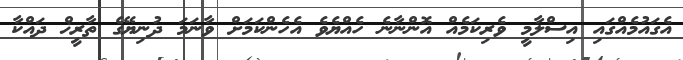
އެގައުމެއްގައި އިސްލާމީ ވެރިކަމެއް އޮންނާނެ ހެއްޔެވެ އެހެންކަމަށް ވާނަމަ ދުނިޔޭގެ ތާރީޚް ދައްކާ